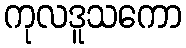
ကုလဒူသကော